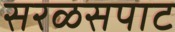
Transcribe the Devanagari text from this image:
सरळसपाट